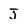
Character: J